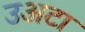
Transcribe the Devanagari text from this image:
उअटा